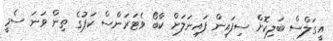
އީގަލްސް ބަލިކޮށް ސިފައިން ފައިނަލަށް ކާބޯ ވެޓަރަންސް ކަޕުގެ ތިން ވަނަ ސެމީ